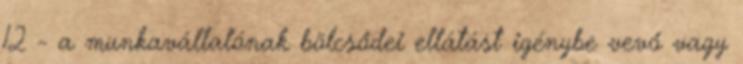
12 - a munkavállalónak bölcsődei ellátást igénybe vevő vagy